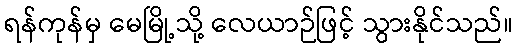
ရန်ကုန်မှ မေမြို့သို့ လေယာဉ်ဖြင့် သွားနိုင်သည်။